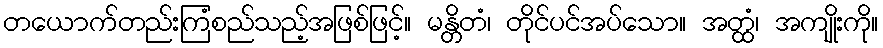
တယောက်တည်းကြံစည်သည့်အဖြစ်ဖြင့်။ မန္တိတံ၊ တိုင်ပင်အပ်သော။ အတ္ထံ၊ အကျိုးကို။